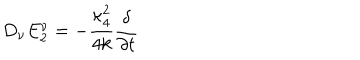
D _ { \nu } E _ { 2 } ^ { \nu } = - { \frac { { \kappa _ { 4 } ^ { 2 } } } { { 4 k } } } { \frac \delta { { \partial t } } }